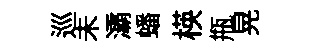
巡未灞蟠楧瓶晃